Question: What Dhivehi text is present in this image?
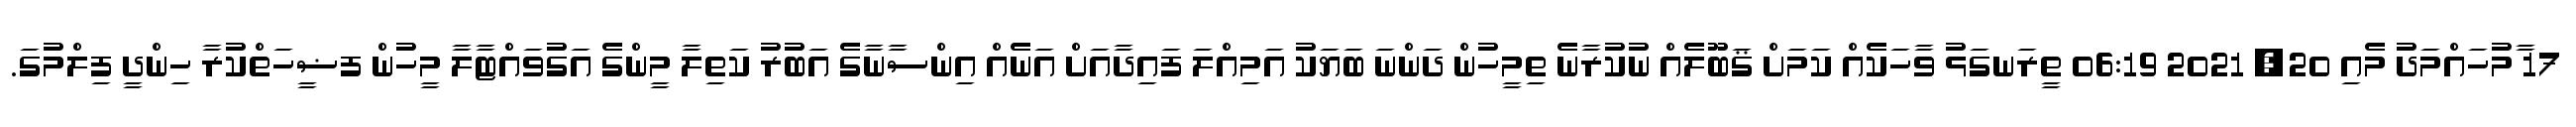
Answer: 17 ާމުހައްމަދު މެއި 20, 2021 06:19 ތީރަނގަޅު ވާހަކެއް ކަމަށް ޤަބޫލެއް ނުކުރާނެ ތިމީހުން ދަންނަ ބަޔަކު އަމިއްލަ ފައިދާއަށް އަނެއް އިންސާނާގެ އަބުރު ކަތިލާ މީންގެ އަގުވައްޓާލާ މީހުން ފޟީހަތްކުރާ ހިންދީ ފިލްމުގަ.